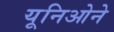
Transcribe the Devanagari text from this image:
यूनिओने